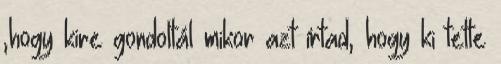
,hogy kire gondoltál mikor azt írtad, hogy ki tette